Vaccination in Bombay 1913-1923 - 1913-1923
Year: 1913
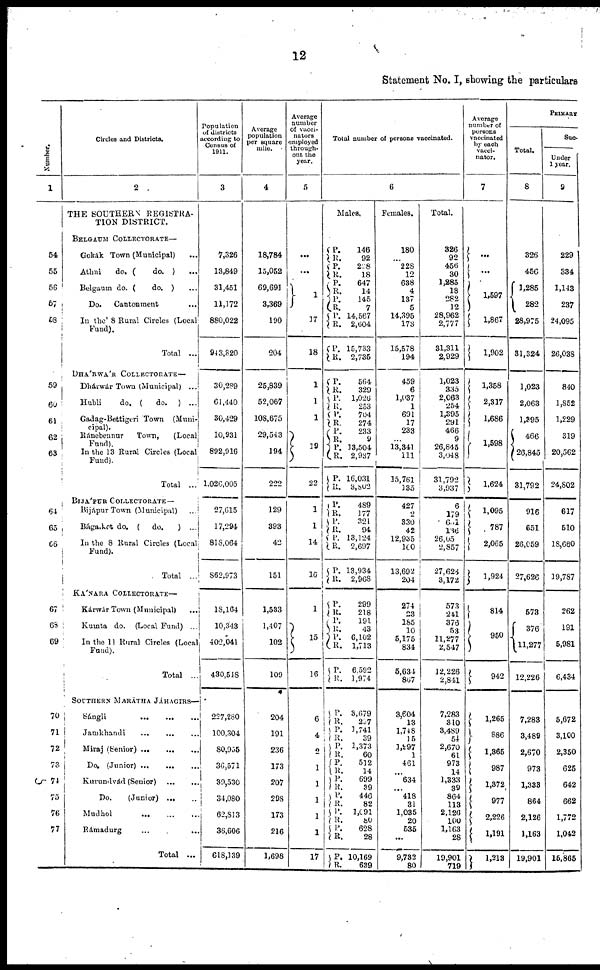
12
Statement No. I, showing the particulars
Number.
1
54
55
56
57
58
59
60
61
62
63
64
65
66
67
63
69
70
71
72
73
74
75
76
77
Circles and Districts.
2
THE SOUTHERN REGISTRA-
TION DISTRICT.
BELGAUM COLLECTORATE—
Gokák Town (Municipal) ...
Athni
do. (
do. ) ...
Belgaum do. (
do. ) ...
Do.
Cantonment ...
In the 8 Rural Circles (Local
Fund).
Total ...
DHÁRWÁR COLLECTORATE—
Dhárwár Town (Municipal) ...
Hubli
do. (
do. ) ...
Gadag-Bettigeri Town (Muni-
-------
Ránebennur Town, (Local
Fund).
In the 13 Rural Circles (Local
Fund).
Total ...
BIJÁPUR COLLECTORATE—
Bijápur Town (Municipal) ...
Bágaket do. ( do.
) ...
In the 8 Rural Circles (Local
Fund).
Total ...
KÁNARA COLLECTORATE—
Kárwár Town (Municipal) ...
Kumta do. (Local Fund) ...
In the 11 Rural Circles (Local
Fund).
Total ...
SOUTHERN MARÁTHA JÁHACIRS—
Sángli
...
...
...
Jamkhandi
...
...
...
Miraj (Senior)
...
...
...
Do.
(Junior)
...
...
...
Kurundvád (Senior)
...
...
Do.
(Junior) ... ...
Mudhol
...
...
...
Rámadurg ... ... ...
Total ...
Population
of districts
according to
Census of
1911.
3
7,326
13,849
31,451
11,172
880,022
943,820
30,289
61,440
30,429
10,931
892,916
1,026,005
27,615
17,294
818,064
862,973
18,164
10,343
402,041
430,548
227,280
100,304
80,955
36,571
39,530
34,080
62,813
36,606
618,139
Average
population
per square
mile.
4
18,784
15,052
69,691
3,369
190
204
25,839
52,067
108,675
29,543
194
222
129
393
42
151
1,533
1,407
102
109
204
191
236
173
207
298
173
216
1,698
Average
number
of vacci-
nators
employed
through-
out the
year.
5
...
...
1
17
18
1
1
1
9
22
1
1
14
15
1
15
16
6
4
2
1
1
1
1
1
17
Total number of persons vaccinated.
6
Males.
P.
R.
P.
R.
P.
R. P.
R.
P.
R.
P.
R.
P.
R.
P.
R.
P. R.
P.
R. P.
R.
P.
R.
P.
R.
P.
R.
P.
R.
P.
R.
P.
R.
P.
R.
P.
R.
P.
R.
P.
R. P.
R.
P.
R.
P. R.
P.
R.
P.
R.
P.
R.
P.
R.
P. R.
146
92
228
18
647
14
145
7
14,567
2,604
15,733
2,735
564
329
1,026
253
704
274
233
9
13,504
2,937
16,031
3,802
489
177
321
94
13,124
2,697
13,934
2,968
299
218
191
43
6,102
1,713
6,592
1,974
3,679
237
1,741
39
1,373
60
512
14
699
39
446
82
1,091
80
628
28
10,169
639
Females.
180
...
228
12
638
4
137
5
14,395
173
15,578
194
459
6
1,037
1
691
17
233
...
13,341
111
15,761
135
427
2
330
42
12,935
160
13,692
204
274
23
185
10
5,175
834
5,634
867
3,604
13
1,748
15
1,297
1
461
...
634
...
418
31
1,035
20
535
...
9,732
80
Total.
326
92
456
30
1,285
18
282
12
28,962
2,777
31,311
2,929
1,023
335
2,063
254
1,395
291
466
9
26,845
3,048
31,792
3,937
6
179
631
136
26,05
2,857
27,626
3,172
573
241
376
53
11,277
2,547
12,226
2,841
7,283
310
3,489
54
2,670
61
973
14
1,333
39
864
113
2,126
100
1,163
28
19,901
719
Average
number of
persons
vaccinated
by each
vacci-
nator.
7
...
...
1,597
1,867
1,902
1,358
2,317
1,686
1,598
1,624
1,095
787
2,065
1,924
814
950
942
1,265
886
1,365
987
1,372
977
2,226
1,191
1,213
PRIMARY
Total.
8
326
456
1,285
282
28,975
31,324
1,023
2,063
1,395
466
26,845
31,792
916
651
26,059
27,626
573
376
11,277
12,226
7,283
3,489
2,670
973
1,333
864
2,126
1,163
19,901
Suc-
Under
1 year.
9
229
334
1,143
237
24,095
26,038
840
1,852
1,229
319
20,562
24,802
617
510
18,660
19,787
262
191
5,981
6,434
5,672
3,100
2,350
625
642
662
1,772
1,042
15,865